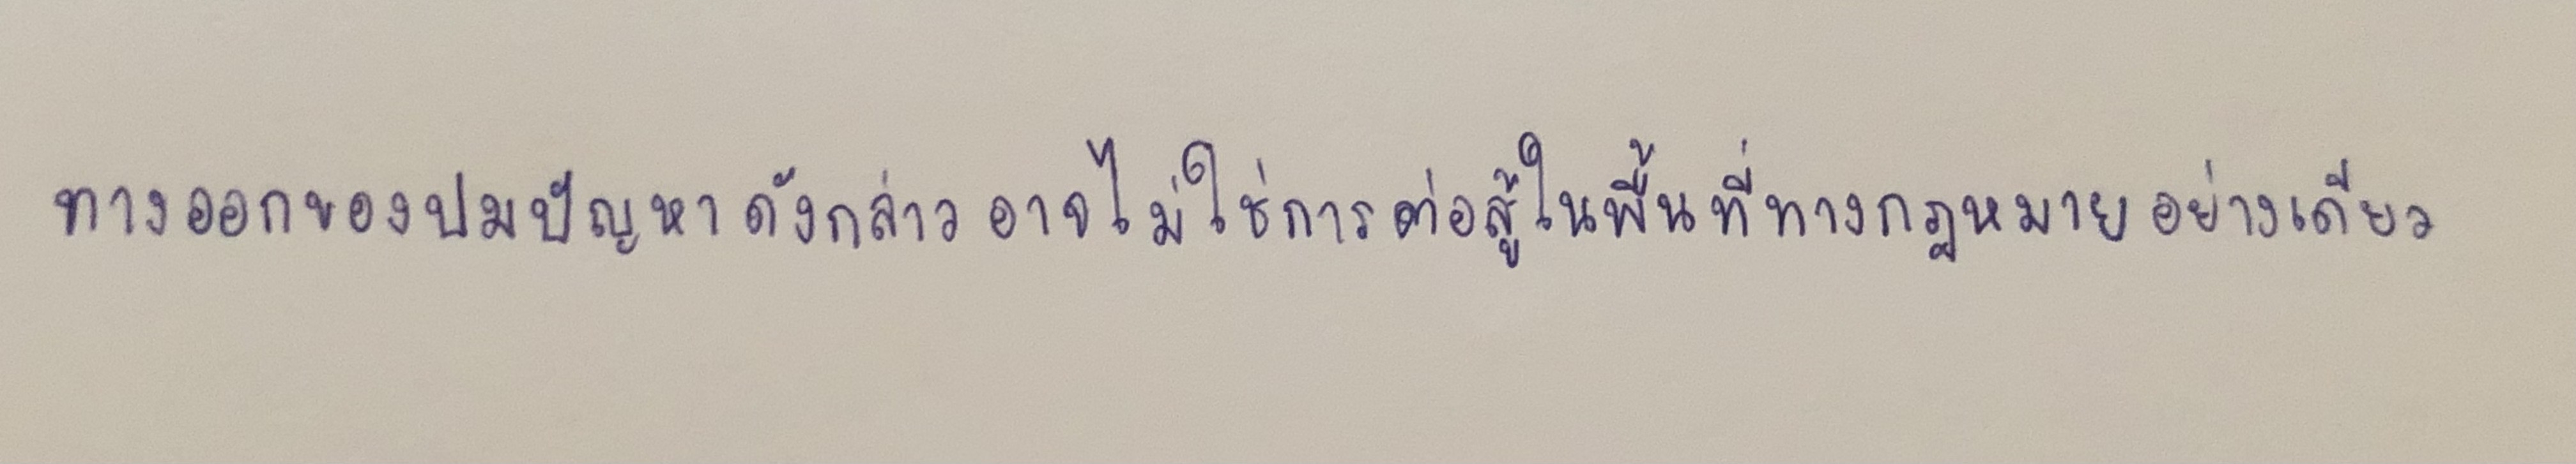
ทางออกของปมปัญหาดังกล่าวอาจไม่ใช่การต่อสู้ในพื้นที่ทางกฎหมายอย่างเดียว